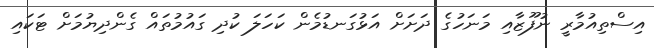
އިސްތިއުމާރީ ނުފޫޒާއި މަނަހުގެ ދަށަށް އަޅުގަނޑުމެން ކަހަލަ ކުދި ގައުމުތައް ގެންދިޔުމަށް ޓަކައި